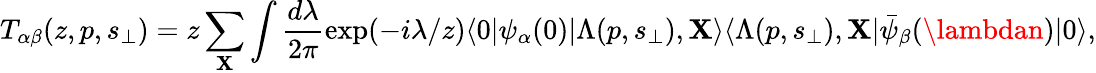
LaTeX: T_{\alpha\beta}(z,p,s_{\perp})=z\sum_{\mathbf{X}}\int\frac{{d\lambda}}{{2\pi}}\exp(-i\lambda/z)\langle0|\psi_{\alpha}(0)|\Lambda(p,s_{\perp}),\mathbf{X}\rangle\langle\Lambda(p,s_{\perp}),\mathbf{X}|\bar{{\psi}}_{\beta}(\lambdan)|0\rangle,